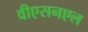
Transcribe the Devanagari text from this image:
वीएसनएल